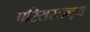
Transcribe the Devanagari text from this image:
परिसरलब्द्ध